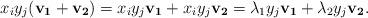
LaTeX: \begin{align*}x_i y_j(\mathbf{v_1+v_2})=x_i y_j\mathbf{v_1}+x_i y_j\mathbf{v_2}=\lambda_1y_j\mathbf{v_1}+\lambda_2y_j\mathbf{v_2}.\end{align*}